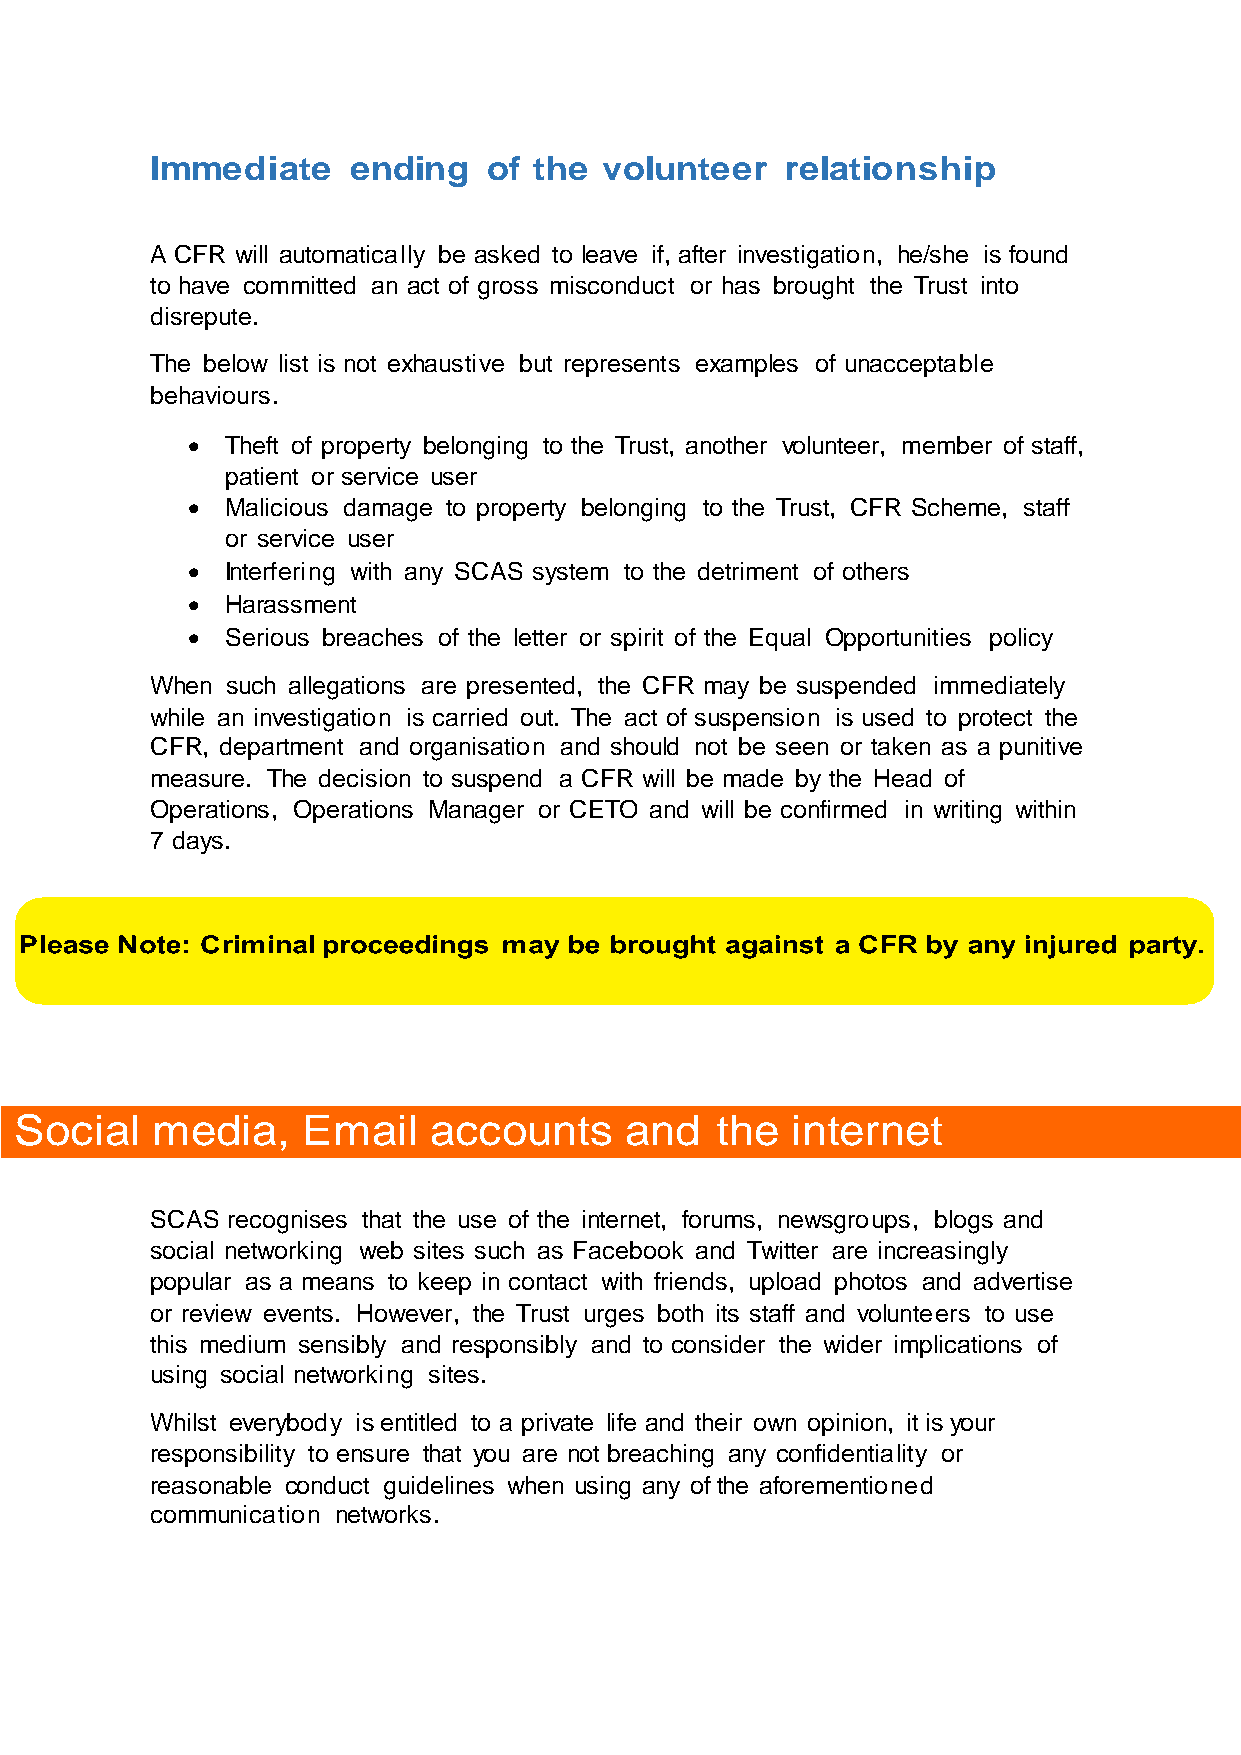
Immediate    ending   of the  volunteer   relationship
 A CFR will automatically be asked to leave if, after investigation, he/she is found
 to have committed an act of gross misconduct or has brought the Trust into
 disrepute.
 The below list is not exhaustive but represents examples of unacceptable
 behaviours.
   Theft of property belonging to the Trust, another volunteer, member of staff,
 patient or service user
   Malicious damage to property belonging to the Trust, CFR Scheme, staff
 or service user
   Interfering with any SCAS system to the detriment of others
   Harassment
   Serious breaches of the letter or spirit of the Equal Opportunities policy
 When such allegations are presented, the CFR may be suspended immediately
 while an investigation is carried out. The act of suspension is used to protect the
 CFR, department and organisation and should not be seen or taken as a punitive
 measure. The decision to suspend a CFR will be made by the Head of
 Operations, Operations Manager or CETO and will be confirmed in writing within
 7 days.
 Social   media,    Email   accounts     and   the  internet
 SCAS recognises that the use of the internet, forums, newsgroups, blogs and
 social networking web sites such as Facebook and Twitter are increasingly
 popular as a means to keep in contact with friends, upload photos and advertise
 or review events. However, the Trust urges both its staff and volunteers to use
 this medium sensibly and responsibly and to consider the wider implications of
 using social networking sites.
 Whilst everybody is entitled to a private life and their own opinion, it is your
 responsibility to ensure that you are not breaching any confidentiality or
 reasonable conduct guidelines when using any of the aforementioned
 communication networks.